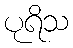
ပုရိသ